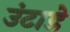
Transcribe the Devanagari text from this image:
उंटाडे